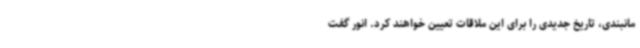
مانبندی، تاریخ جدیدی را برای این ملاقات تعیین خواهند کرد. انور گفت